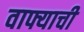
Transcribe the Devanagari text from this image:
वाफ्याची